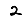
Digit: 2